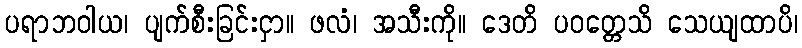
ပရာဘဝါယ၊ ပျက်စီးခြင်းငှာ။ ဖလံ၊ အသီးကို။ ဒေတိ ပဝတ္တေသိ သေယျထာပိ၊